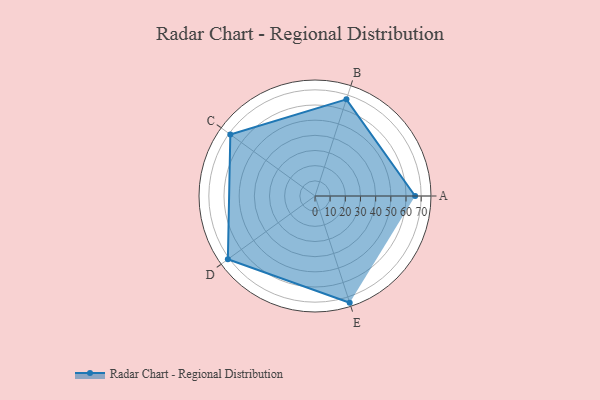
{"axis": {"x": "Skill", "y": "Score"}, "legend": ["Profile"], "data": [{"x": "A", "y": 66.0, "type": "Profile"}, {"x": "B", "y": 67.0, "type": "Profile"}, {"x": "C", "y": 69.0, "type": "Profile"}, {"x": "D", "y": 71.0, "type": "Profile"}, {"x": "E", "y": 74.0, "type": "Profile"}]}